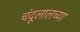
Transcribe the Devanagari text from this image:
चंदूलालच्या